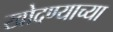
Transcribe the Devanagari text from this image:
खोदण्याच्या